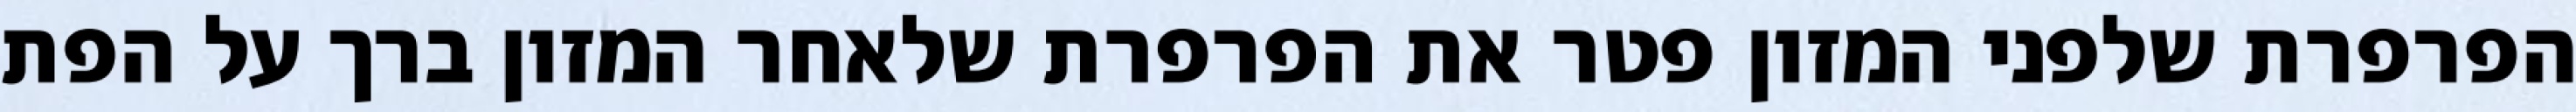
הפרפרת שלפני המזון פטר את הפרפרת שלאחר המזון ברך על הפת